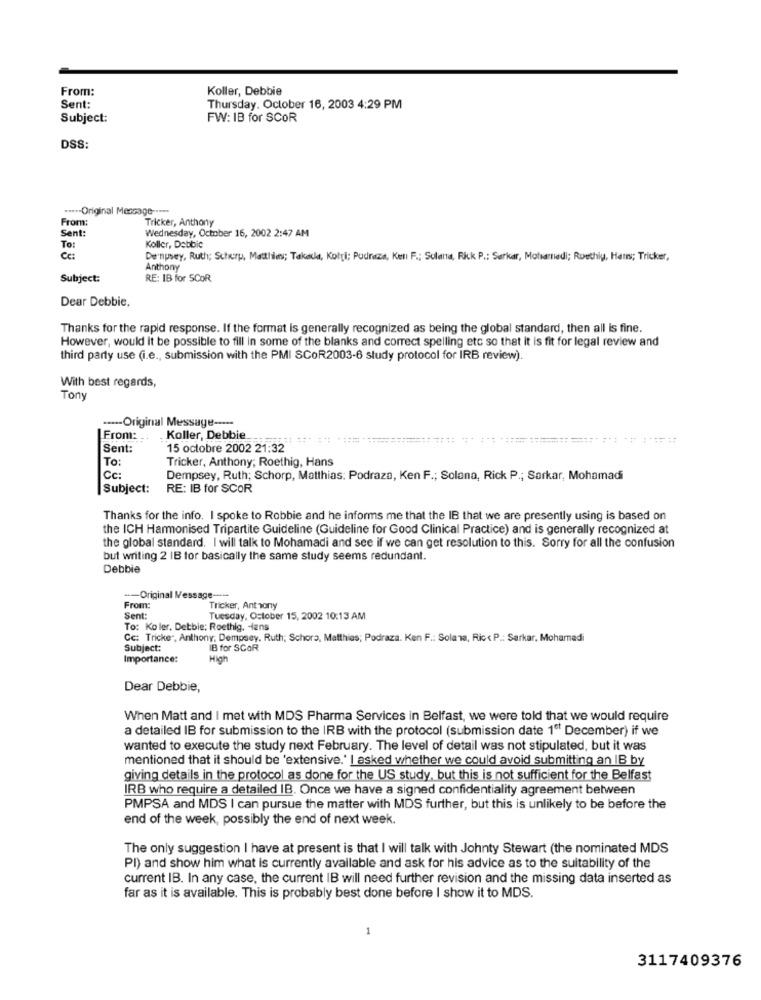
From:
Koller, Debbie
Sent:
Thursday, October 16, 2003 4:29 PM
Subject:
FW: IB for SCOR
DSS:
.***- Original Message -----
From:
Tricker, Anthony
Sent:
Wednesday, October 16, 2002 2:47 AM
To:
Koller, Debbie
Cc:
De'npsey, Ruth; Scherp, Matthilen; Takeda, Kolti; Pudraze, Ket F .; Sulana, Rick P .: Sarkar, Mohammadi; Ruethiy, Har; Tricker,
Anthony
Subject:
RE: IB for SCOR
Dear Debbie,
Thanks for the rapid response. If the format is generally recognized as being the global standard, then all Is fine.
However, would it be possible to fill in some of the blanks and correct spelling etc so that it is fit for legal review and
third party use (i.e ., submission with the PMI SCOR2003-6 study protocol for IRB review).
With best regards,
Ton
----- Original Message -----
From:
. Koller, Debbie
Sent:
15 octobre 2002 21:32
To:
Tricker, Anthony; Roethig, Hans
Cc:
Dempsey, Ruth; Schorp, Matthias: Podraza, Ken F .; Solana, Rick P .; Sarkar, Mohamadi
Subject:
RE: IB for SCOR
Thanks for the info. I spoke to Robbie and he informs me that the IB that we are presently using is based on
the ICH Harmonised Tripartite Guideline (Guideline for Good Clinical Practice) and is generally recognized at
the global standard. I will talk to Mohamadi and see if we can get resolution to this. Sorry for all the confusion
but writing 2 IB tor basically the same study seems redundant.
Debbie
-Original Message -----
From:
Tricker, Anthony
Sent:
Tuesday, October 15, 2002 10:13 AM
To: Ko ler. Detble: Roethig. Hans
Cc: Tricke, Anthony; Dempsey, Ruth; Schora, Matthies; Podraza. Ken F .: Solana, Ric< P .: Sarkar. Mohammadi
Subject:
IB for SCOR
Importance:
High
Dear Debbie,
When Matt and I met with MDS Pharma Services in Belfast, we were told that we would require
a detailed IB for submission to the IRB with the protocol (submission date 1ª December) if we
wanted to execute the study next February. The level of detail was not stipulated, but it was
mentioned that it should be 'extensive.' I asked whether we could avoid submitting an IB by
giving details in the protocol as done for the US study, but this is not sufficient for the Belfast
IRB who require a detailed IB. Once we have a signed confidentiality agreement between
PMPSA and MDS I can pursue the matter with MDS further, but this is unlikely to be before the
end of the week, possibly the end of next week.
The only suggestion I have at present is that I will talk with Johnty Stewart (the nominated MDS
PI) and show him what is currently available and ask for his advice as to the suitability of the
current IB. In any case, the current IB will need further revision and the missing data inserted as
far as it is available. This is probably best done before I show it to MDS.
1
3117409376